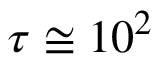
\tau \cong 1 0 ^ { 2 }